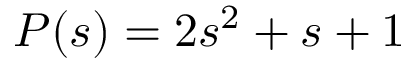
P ( s ) = 2 s ^ { 2 } + s + 1